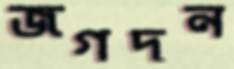
জগদন